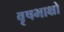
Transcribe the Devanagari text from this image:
वृषभाक्षो